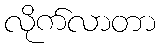
လိုက်လာတာ